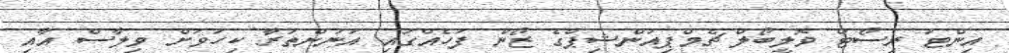
އިންޓަ ރިސޯޓް ވޮލީބޯލް ޗެމްޕިއަންޝިޕްގެ ޒޯން ފަހެއްގައި އަނަންތަރާ ކިހަވަށް ވިލާސް އާއި